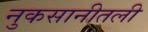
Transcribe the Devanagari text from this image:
नुकसानीतली